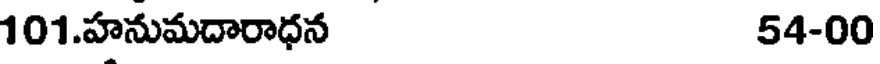
101.హనుమదారాధన 54-00